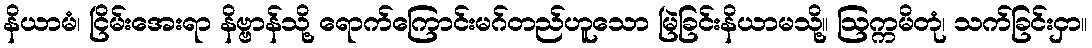
နိယာမံ၊ ငြိမ်းအေးရာ နိဗ္ဗာန်သို့ ရောက်ကြောင်းမဂ်တည်ဟူသော မြဲခြင်းနိယာမသို့။ ဩက္ကမိတုံ၊ သက်ခြင်းငှာ။